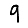
Digit: 9